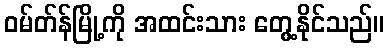
ဝမ်တ်န်မြို့ကို အထင်းသား တွေ့နိုင်သည်။